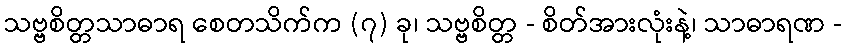
သဗ္ဗစိတ္တသာဓာရ စေတသိက်က (၇) ခု၊ သဗ္ဗစိတ္တ - စိတ်အားလုံးနဲ့၊ သာဓာရဏ -